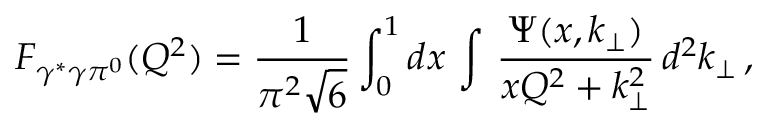
F _ { \gamma ^ { * } \gamma \pi ^ { 0 } } ( Q ^ { 2 } ) = \frac 1 { \pi ^ { 2 } \sqrt { 6 } } \int _ { 0 } ^ { 1 } d x \, \int \, \frac { \Psi ( x , k _ { \perp } ) } { x Q ^ { 2 } + k _ { \perp } ^ { 2 } } \, d ^ { 2 } k _ { \perp } \, ,